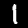
Digit: 1